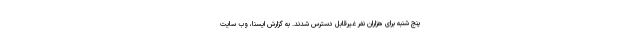
پنج شنبه برای هزاران نفر غیرقابل دسترس شدند. به گزارش ایسنا، وب سایت